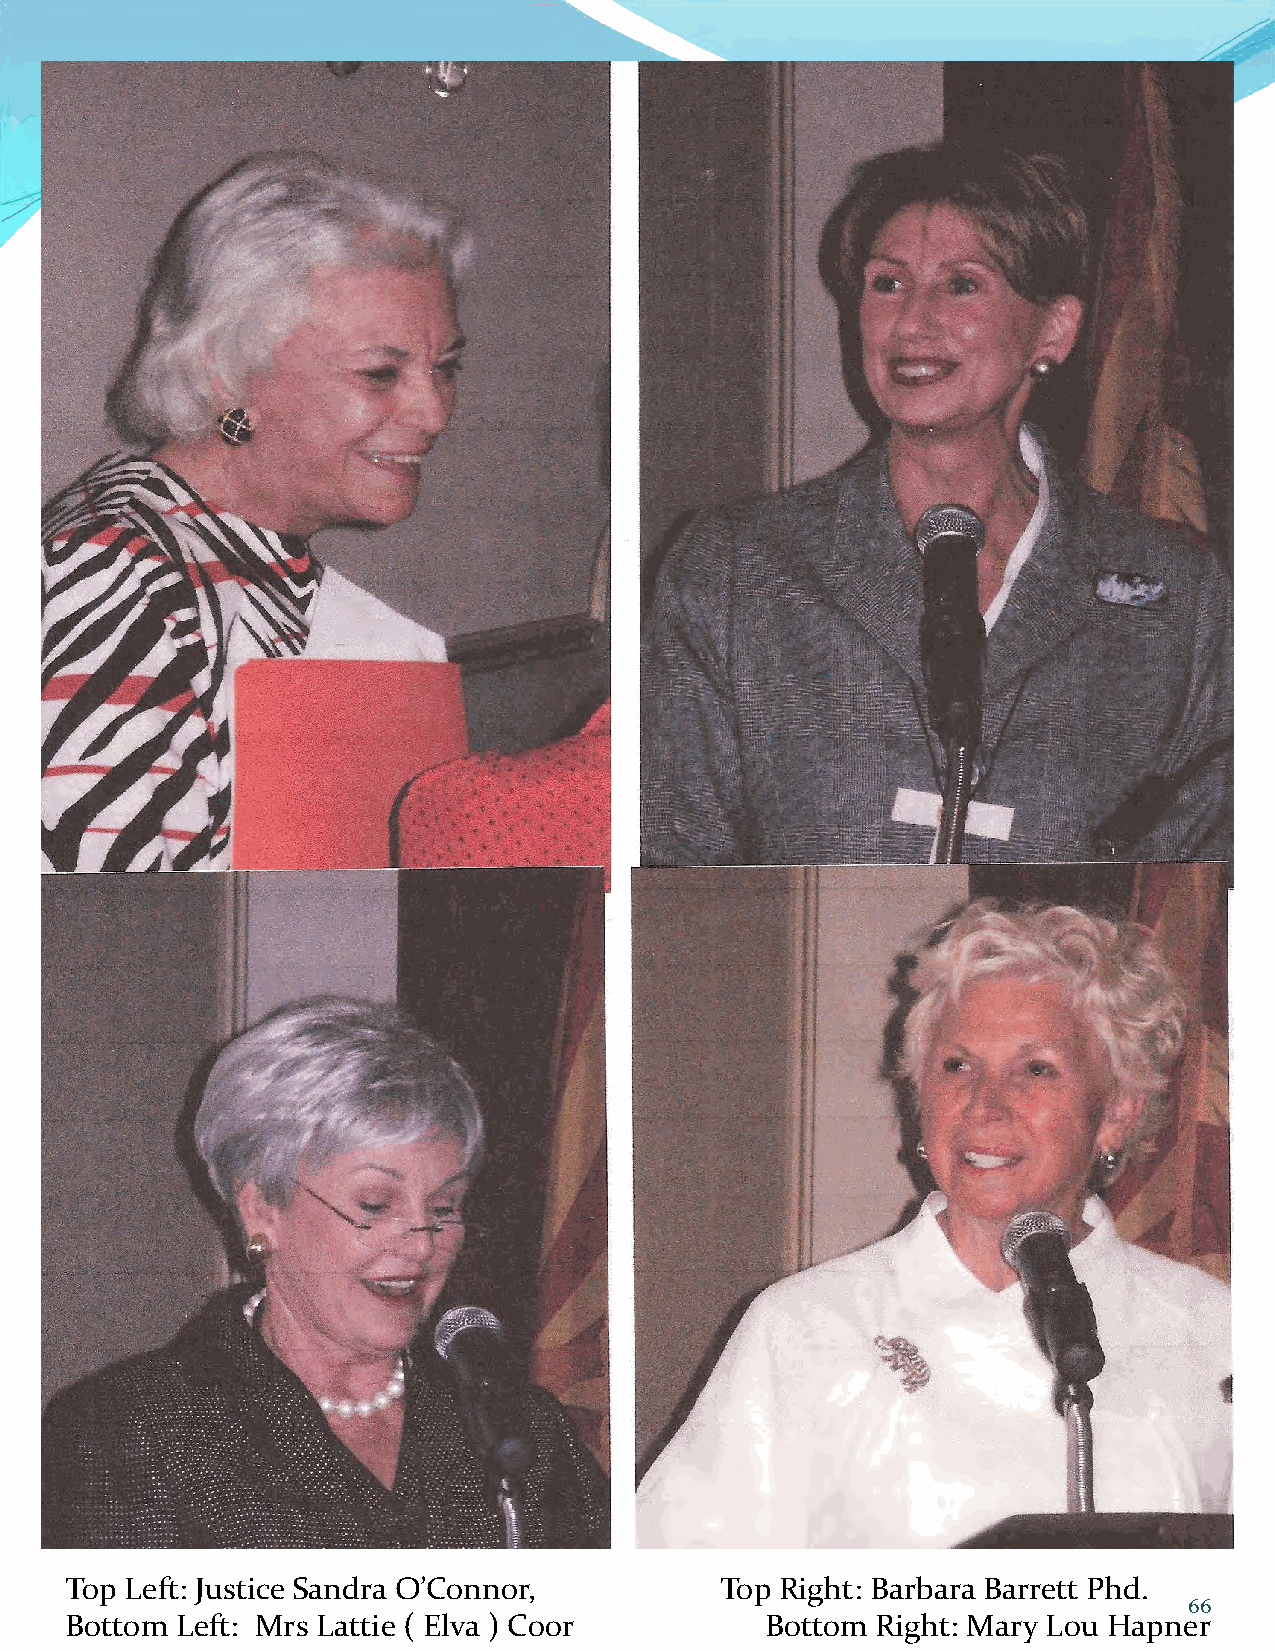
Top Left: Justice Sandra O’Connor,          Top Right: Barbara Barrett Phd.
 66
 Bottom  Left: Mrs Lattie ( Elva ) Coor         Bottom Right: Mary Lou Hapner